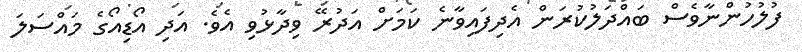
ފުލުހުންނާވެސް ބައްދަލުކުރަން އެދިފައިވާނެ ކަމަށް އަދުރޭ ވިދާޅުވި އެވެ. އަދި އޯޑިއޯގެ މައްސަލަ